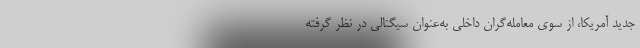
جدید آمریکا،‌ از سوی معامله‌گران داخلی به‌عنوان سیگنالی در نظر گرفته